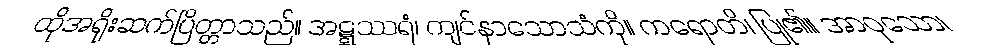
ထိုအရိုးဆက်ပြိတ္တာသည်။ အဋ္ဋဿရံ၊ ကျင်နာသောသံကို။ ကရောတိ၊ ပြု၏။ အာဝုသော၊